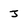
Character: J